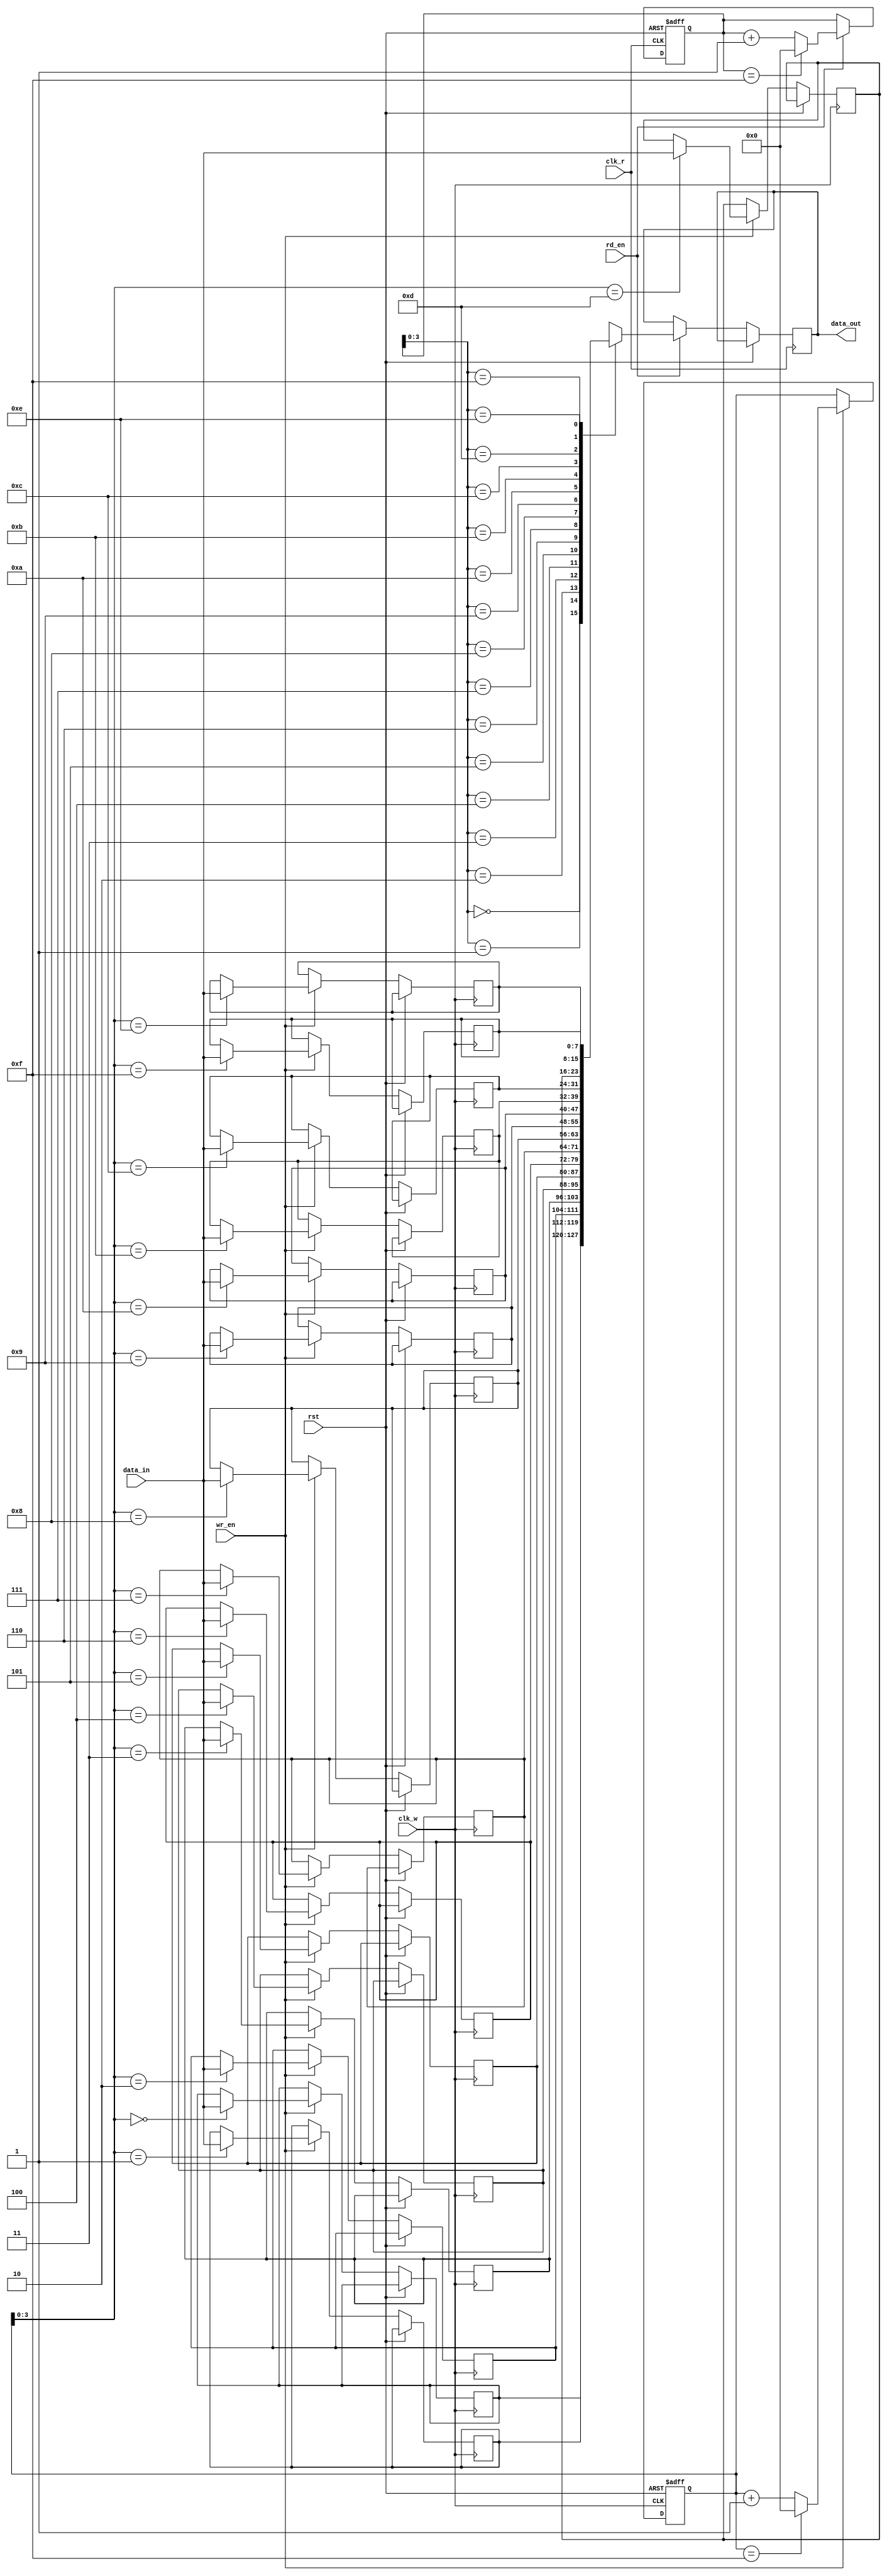
module synchronous_fifo
(
    input wire clk_w, // write clock signal
    input wire clk_r, // read clock signal
    input wire rst,   // asynchronous reset signal
    input wire wr_en, // write enable signal
    input wire rd_en, // read enable signal
    input wire [DATA_WIDTH-1:0] data_in, // input data
    output wire [DATA_WIDTH-1:0] data_out // output data
);

parameter DATA_WIDTH = 8; // Data width of the FIFO buffer
parameter FIFO_DEPTH = 16; // Depth of the FIFO buffer

reg [DATA_WIDTH-1:0] fifo [0:FIFO_DEPTH-1]; // FIFO buffer

reg [4:0] wr_ptr = 0; // Write pointer
reg [4:0] rd_ptr = 0; // Read pointer

always @(posedge clk_w or posedge rst) begin
    if (rst) begin
        wr_ptr <= 0;
    end else if (wr_en) begin
        fifo[wr_ptr] <= data_in;
        wr_ptr <= (wr_ptr == FIFO_DEPTH-1) ? 0 : wr_ptr + 1;
    end
end

always @(posedge clk_r or posedge rst) begin
    if (rst) begin
        rd_ptr <= 0;
    end else if (rd_en) begin
        data_out <= fifo[rd_ptr];
        rd_ptr <= (rd_ptr == FIFO_DEPTH-1) ? 0 : rd_ptr + 1;
    end
end

endmodule